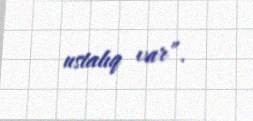
ustalıq var”.